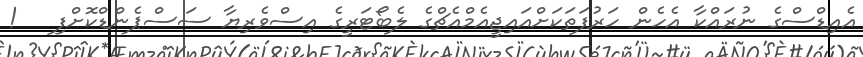
އެއިޑްސްގެ ނުރައްކާ އެހެން ހަރުފަތަކަށްއައިޖީއެމްއެޗްގެ ލެބޯޓަރީގެ އިސްވެރިޔާ ސަސްޕެންޑްކޮށްފި   !